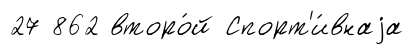
27 862 второ́й Спорт'и́внаjа